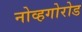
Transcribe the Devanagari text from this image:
नोव्हगोरोड